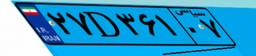
۲۷D۳۶۱۰۷